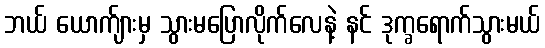
ဘယ် ယောက်ျားမှ သွားမပြောလိုက်လေနဲ့ နင် ဒုက္ခရောက်သွားမယ်